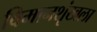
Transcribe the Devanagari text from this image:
विमानशृंखला